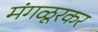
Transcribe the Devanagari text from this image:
मंगळूरकर